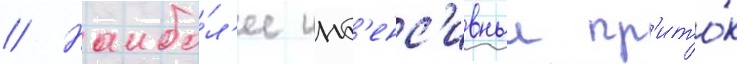
// Наибо́л'ее инт'енс'ивныи пр'ито́к